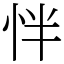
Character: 怑